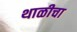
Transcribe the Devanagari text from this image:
थाळीचा